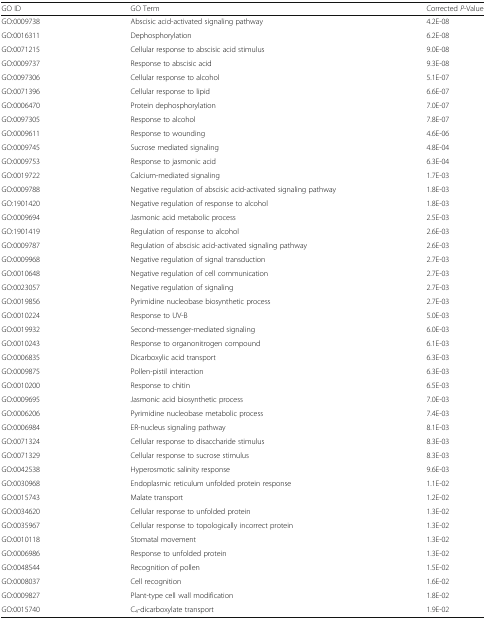
<table><thead><tr><td><b>GO ID</b></td><td><b>GO Term</b></td><td><b>Corrected <i>P</i>-Value</b></td></tr></thead><tbody><tr><td>GO:0009738</td><td>Abscisic acid-activated signaling pathway</td><td>4.2E-08</td></tr><tr><td>GO:0016311</td><td>Dephosphorylation</td><td>6.2E-08</td></tr><tr><td>GO:0071215</td><td>Cellular response to abscisic acid stimulus</td><td>9.0E-08</td></tr><tr><td>GO:0009737</td><td>Response to abscisic acid</td><td>9.3E-08</td></tr><tr><td>GO:0097306</td><td>Cellular response to alcohol</td><td>5.1E-07</td></tr><tr><td>GO:0071396</td><td>Cellular response to lipid</td><td>6.6E-07</td></tr><tr><td>GO:0006470</td><td>Protein dephosphorylation</td><td>7.0E-07</td></tr><tr><td>GO:0097305</td><td>Response to alcohol</td><td>7.8E-07</td></tr><tr><td>GO:0009611</td><td>Response to wounding</td><td>4.6E-06</td></tr><tr><td>GO:0009745</td><td>Sucrose mediated signaling</td><td>4.8E-04</td></tr><tr><td>GO:0009753</td><td>Response to jasmonic acid</td><td>6.3E-04</td></tr><tr><td>GO:0019722</td><td>Calcium-mediated signaling</td><td>1.7E-03</td></tr><tr><td>GO:0009788</td><td>Negative regulation of abscisic acid-activated signaling pathway</td><td>1.8E-03</td></tr><tr><td>GO:1901420</td><td>Negative regulation of response to alcohol</td><td>1.8E-03</td></tr><tr><td>GO:0009694</td><td>Jasmonic acid metabolic process</td><td>2.5E-03</td></tr><tr><td>GO:1901419</td><td>Regulation of response to alcohol</td><td>2.6E-03</td></tr><tr><td>GO:0009787</td><td>Regulation of abscisic acid-activated signaling pathway</td><td>2.6E-03</td></tr><tr><td>GO:0009968</td><td>Negative regulation of signal transduction</td><td>2.7E-03</td></tr><tr><td>GO:0010648</td><td>Negative regulation of cell communication</td><td>2.7E-03</td></tr><tr><td>GO:0023057</td><td>Negative regulation of signaling</td><td>2.7E-03</td></tr><tr><td>GO:0019856</td><td>Pyrimidine nucleobase biosynthetic process</td><td>2.7E-03</td></tr><tr><td>GO:0010224</td><td>Response to UV-B</td><td>5.0E-03</td></tr><tr><td>GO:0019932</td><td>Second-messenger-mediated signaling</td><td>6.0E-03</td></tr><tr><td>GO:0010243</td><td>Response to organonitrogen compound</td><td>6.1E-03</td></tr><tr><td>GO:0006835</td><td>Dicarboxylic acid transport</td><td>6.3E-03</td></tr><tr><td>GO:0009875</td><td>Pollen-pistil interaction</td><td>6.3E-03</td></tr><tr><td>GO:0010200</td><td>Response to chitin</td><td>6.5E-03</td></tr><tr><td>GO:0009695</td><td>Jasmonic acid biosynthetic process</td><td>7.0E-03</td></tr><tr><td>GO:0006206</td><td>Pyrimidine nucleobase metabolic process</td><td>7.4E-03</td></tr><tr><td>GO:0006984</td><td>ER-nucleus signaling pathway</td><td>8.1E-03</td></tr><tr><td>GO:0071324</td><td>Cellular response to disaccharide stimulus</td><td>8.3E-03</td></tr><tr><td>GO:0071329</td><td>Cellular response to sucrose stimulus</td><td>8.3E-03</td></tr><tr><td>GO:0042538</td><td>Hyperosmotic salinity response</td><td>9.6E-03</td></tr><tr><td>GO:0030968</td><td>Endoplasmic reticulum unfolded protein response</td><td>1.1E-02</td></tr><tr><td>GO:0015743</td><td>Malate transport</td><td>1.2E-02</td></tr><tr><td>GO:0034620</td><td>Cellular response to unfolded protein</td><td>1.3E-02</td></tr><tr><td>GO:0035967</td><td>Cellular response to topologically incorrect protein</td><td>1.3E-02</td></tr><tr><td>GO:0010118</td><td>Stomatal movement</td><td>1.3E-02</td></tr><tr><td>GO:0006986</td><td>Response to unfolded protein</td><td>1.3E-02</td></tr><tr><td>GO:0048544</td><td>Recognition of pollen</td><td>1.5E-02</td></tr><tr><td>GO:0008037</td><td>Cell recognition</td><td>1.6E-02</td></tr><tr><td>GO:0009827</td><td>Plant-type cell wall modification</td><td>1.8E-02</td></tr><tr><td>GO:0015740</td><td>C<sub>4</sub>-dicarboxylate transport</td><td>1.9E-02</td></tr></tbody></table>